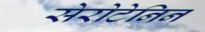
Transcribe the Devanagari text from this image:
सेरोटेनिन